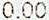
0.00